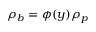
\rho _ { b } = \phi ( y ) \rho _ { p }